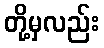
တို့မှလည်း